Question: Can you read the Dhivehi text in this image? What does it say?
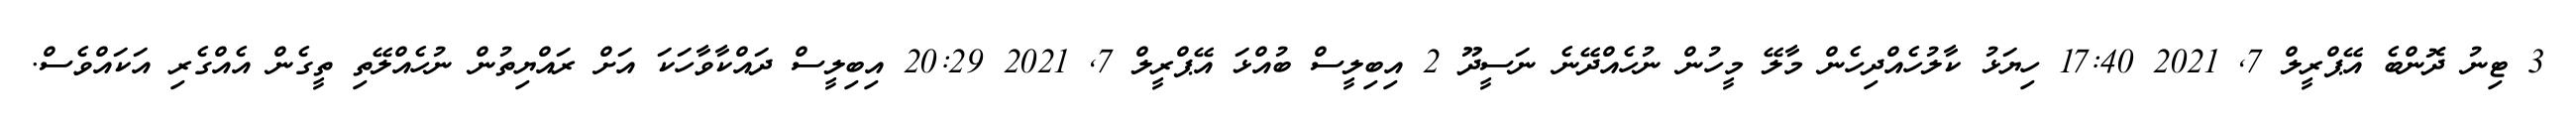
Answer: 3 ޓިނު ދޮންބެ އޭޕްރީލް 7, 2021 17:40 ހިޔަޅު ކާލުހެއްދިހެން މާލޭ މީހުން ނުހެއްދޭނެ ނަސީދޫ 2 އިބިލީސް ބުއްޅަ އޭޕްރީލް 7, 2021 20:29 އިބިލީސް ދައްކާވާހަކަ އަށް ރައްޔިތުން ނުހެއްލޭތި ތީގެން އެއްގެރި އަކައްވެސް.